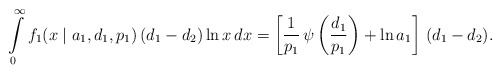
\begin{align*}\int\limits_{0}^{\infty} f_1(x \mid a_1, d_1, p_1) \, (d_1 - d_2) \ln x \, dx = \left[ \frac{1}{p_1} \, \psi\left( \frac{d_1}{p_1} \right) + \ln a_1 \right] \, (d_1 - d_2).\end{align*}